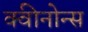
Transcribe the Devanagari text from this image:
क्वीनोन्स